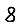
Digit: 8